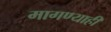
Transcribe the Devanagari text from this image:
मागण्याही